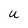
Character: U